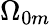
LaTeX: \Omega_{0m}